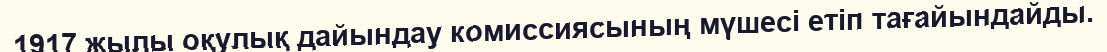
1917 жылы оқулық дайындау комиссиясының мүшесi етiп тағайындайды.